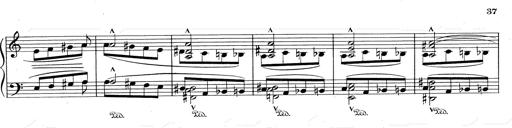
Title: RÃ©miniscences de Don Juan
Composer: Franz Liszt